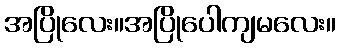
အပြိုလေး။အပြိုပေါကျမလေး။